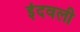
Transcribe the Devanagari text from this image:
इंदवली